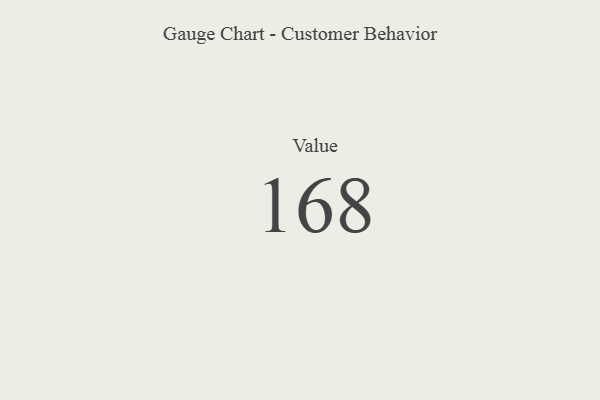
{"axis": {"x": "Metric", "y": "Value"}, "legend": [""], "data": [{"x": "Value", "y": 168, "type": ""}]}